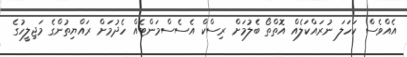
އެއްވެސް ކަހަލަ ނުރައްކަލެއް އޮތްތޯ ބެލުމަށް ރިސްކް އެސެސްމަންޓެއް ހެދުމަށް ރައްޔިތުންގެ މަޖިލީހުގެ